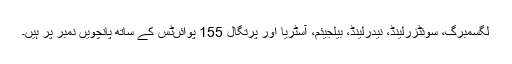
لگسمبرگ، سوئٹزرلینڈ، نیدرلینڈ، بیلجیئم، آسٹریا اور پرتگال 155 پوائںٹس کے ساتھ پانچویں نمبر پر ہیں۔